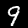
Label: 9